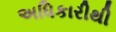
અધિકારીથી